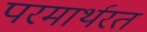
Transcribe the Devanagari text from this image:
परमार्थरत